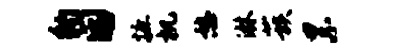
豹困摭机憩淋蔟累